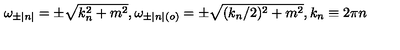
\omega _ { \pm | n | } = \pm \sqrt { k _ { n } ^ { 2 } + m ^ { 2 } } , \omega _ { \pm | n | ( o ) } = \pm \sqrt { ( k _ { n } / 2 ) ^ { 2 } + m ^ { 2 } } , k _ { n } \equiv 2 \pi n